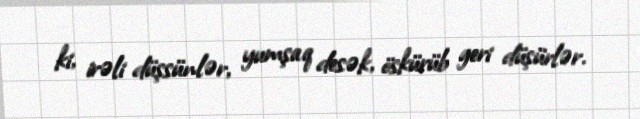
ki, irəli düşsünlər, yumşaq desək, öskürüb geri düşürlər.